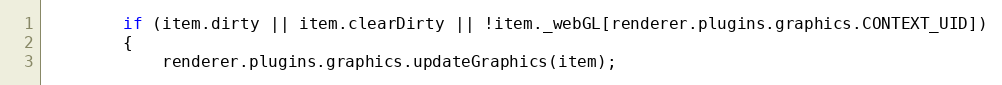
Language: JavaScript
        if (item.dirty || item.clearDirty || !item._webGL[renderer.plugins.graphics.CONTEXT_UID])
        {
            renderer.plugins.graphics.updateGraphics(item);